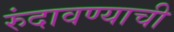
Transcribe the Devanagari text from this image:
रुंदावण्याची